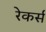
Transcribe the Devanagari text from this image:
रेकर्स